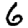
Digit: 6